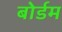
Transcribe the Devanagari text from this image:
बोर्डम